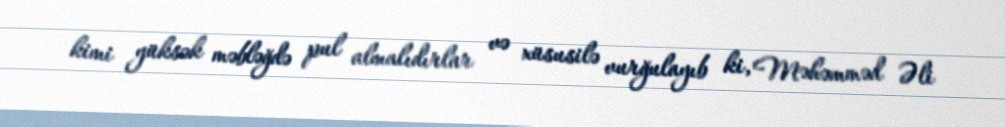
kimi yüksək məbləğdə pul almalıdırlar və xüsusilə vurğulayıb ki, Məhəmməd Əli